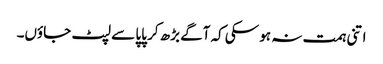
اتنی ہمت نہ ہو سکی کہ آگے بڑھ کر پاپا سے لپٹ جاؤں۔